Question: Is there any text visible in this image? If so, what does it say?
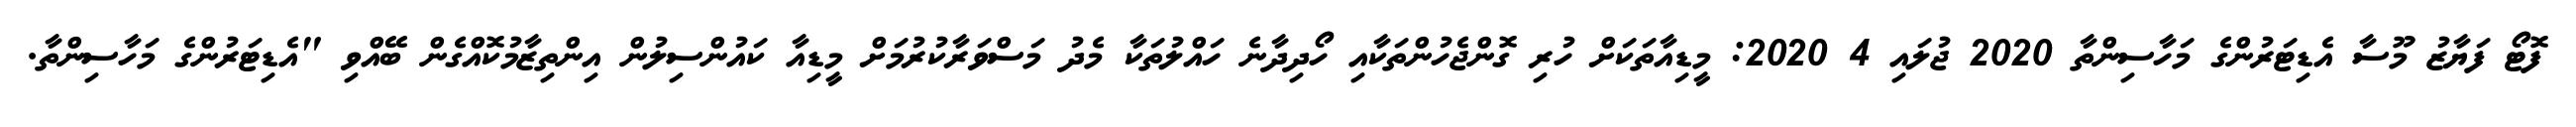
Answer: ފޮޓޯ ފަޔާޒު މޫސާ އެޑިޓަރުންގެ މަހާސިންތާ 2020 ޖުލައި 4 2020: މީޑިއާތަކަށް ހުރި ގޮންޖެހުންތަކާއި ހޯދިދާނެ ހައްލުތަކާ މެދު މަސްވަރާކުރުމަށް މީޑިއާ ކައުންސިލުން އިންތިޒާމުކޮއްގެން ބޭއްވި "އެޑިޓަރުންގެ މަހާސިންތާ.